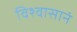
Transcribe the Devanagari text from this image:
विश्वासानं